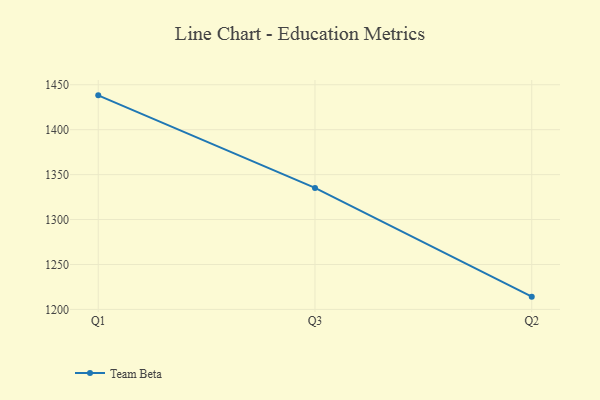
{"axis": {"x": "Quarter", "y": "Tickets Resolved"}, "legend": ["Team Beta"], "data": [{"x": "Q1", "y": 1438.2, "type": "Team Beta"}, {"x": "Q3", "y": 1335.2, "type": "Team Beta"}, {"x": "Q2", "y": 1214.2, "type": "Team Beta"}]}